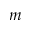
m